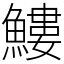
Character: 䱾